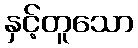
နှင့်တူသော